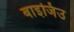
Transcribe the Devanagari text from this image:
बाइजिउ